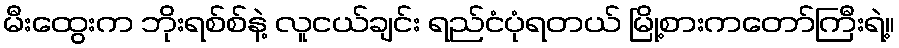
မီးထွေးက ဘိုးရစ်စ်နဲ့ လူငယ်ချင်း ရည်ငံပုံရတယ် မြို့စားကတော်ကြီးရဲ့။